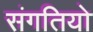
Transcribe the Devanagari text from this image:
संगतियो